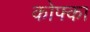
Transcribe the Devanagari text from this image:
कोफ्का